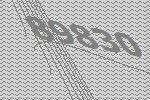
89830